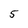
Character: 5